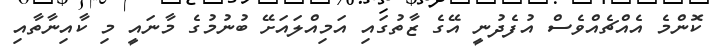
ކޮންމެ އެއްޗެއްވެސް އުފެދުނީ އޭގެ ޒާތުގައި އަމިއްލައަށޭ ބުނުމުގެ މާނައީ މި ކާއިނާތާއި